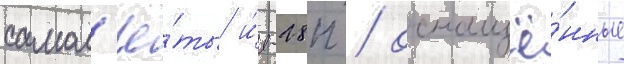
самол'ё́ты и́л-28п / оснащё́нные